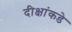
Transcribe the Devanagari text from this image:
दीक्षांकडे